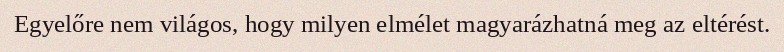
Egyelőre nem világos, hogy milyen elmélet magyarázhatná meg az eltérést.